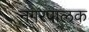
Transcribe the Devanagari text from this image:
नगरपालक